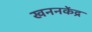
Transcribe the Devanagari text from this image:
खननकेंद्र